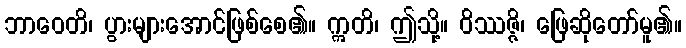
ဘာဝေတိ၊ ပွားများအောင်ဖြစ်စေ၏။ ဣတိ၊ ဤသို့။ ဝိဿဇ္ဇိ၊ ဖြေဆိုတော်မူ၏။